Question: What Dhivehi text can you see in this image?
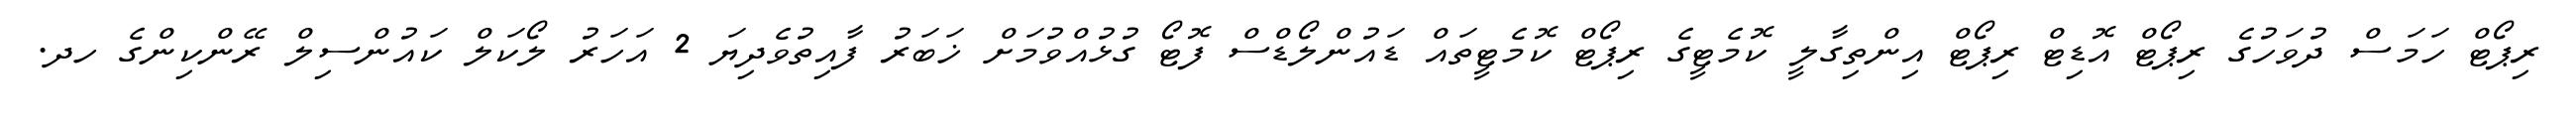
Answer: ރިޕޯޓް ހަމަސް ދުވަހުގެ ރިޕޯޓް އޮޑިޓް ރިޕޯޓް އިންތިގާލީ ކޮމެޓީގެ ރިޕޯޓް ކޮމެޓީތައް ޑައުންލޯޑްސް ފޮޓޯ ގުޅުއްވުމަށް ޚަބަރު ފާއިތުވެދިޔަ 2 އަހަރު ލޯކަލް ކައުންސިލް ރޭންކިންގެ ހދ.